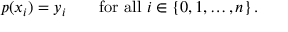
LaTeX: p ( x _ { i } ) = y _ { i } \qquad { \mathrm { f o r ~ a l l ~ } } i \in \left\{ 0 , 1 , \dots , n \right\} .